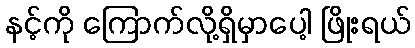
နင့်ကို ကြောက်လို့ရှိမှာပေါ့ ဖြိုးရယ်